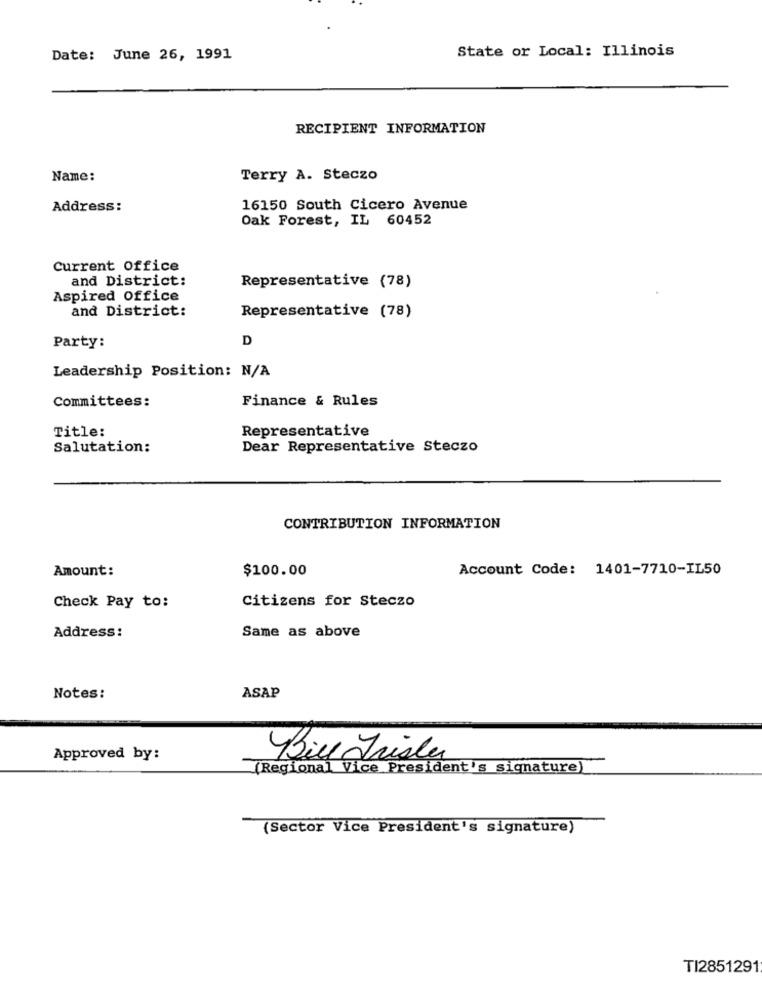
State or Local: Illinois
Date: June 26, 1991
RECIPIENT INFORMATION
Name:
Terry A. Steczo
Address:
16150 South Cicero Avenue
Oak Forest, IL 60452
Current Office
and District:
Representative (78)
Aspired Office
and District:
Representative (78)
D
Party:
Leadership Position: N/A
Finance & Rules
Committees:
Title:
Representative
Salutation:
Dear Representative Steczo
CONTRIBUTION INFORMATION
Amount:
$100.00
Account Code: 1401-7710-IL50
Citizens for Steczo
Check Pay to:
Address:
Same as above
Notes:
ASAP
Approved by:
Bill Frisle
(Regional Vice President's signature)
(Sector Vice President's signature)
TI2851291